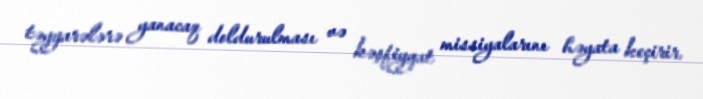
təyyarələrə yanacaq doldurulması və kəşfiyyat missiyalarını həyata keçirir.